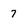
Character: 7